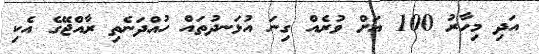
އަދި މިހާރު 100 އަށް ވުރެއް ގިނަ އުޅަނދުތައް ހުއްދަނެތި ރާއްޖޭގެ އެކި